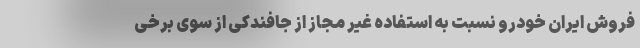
فروش ایران خودرو نسبت به استفاده غیر مجاز از جافندکی از سوی برخی